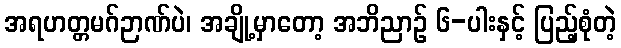
အရဟတ္တမဂ်ဉာဏ်ပဲ၊ အချို့မှာတော့ အဘိညာဉ် ၆-ပါးနှင့် ပြည့်စုံတဲ့